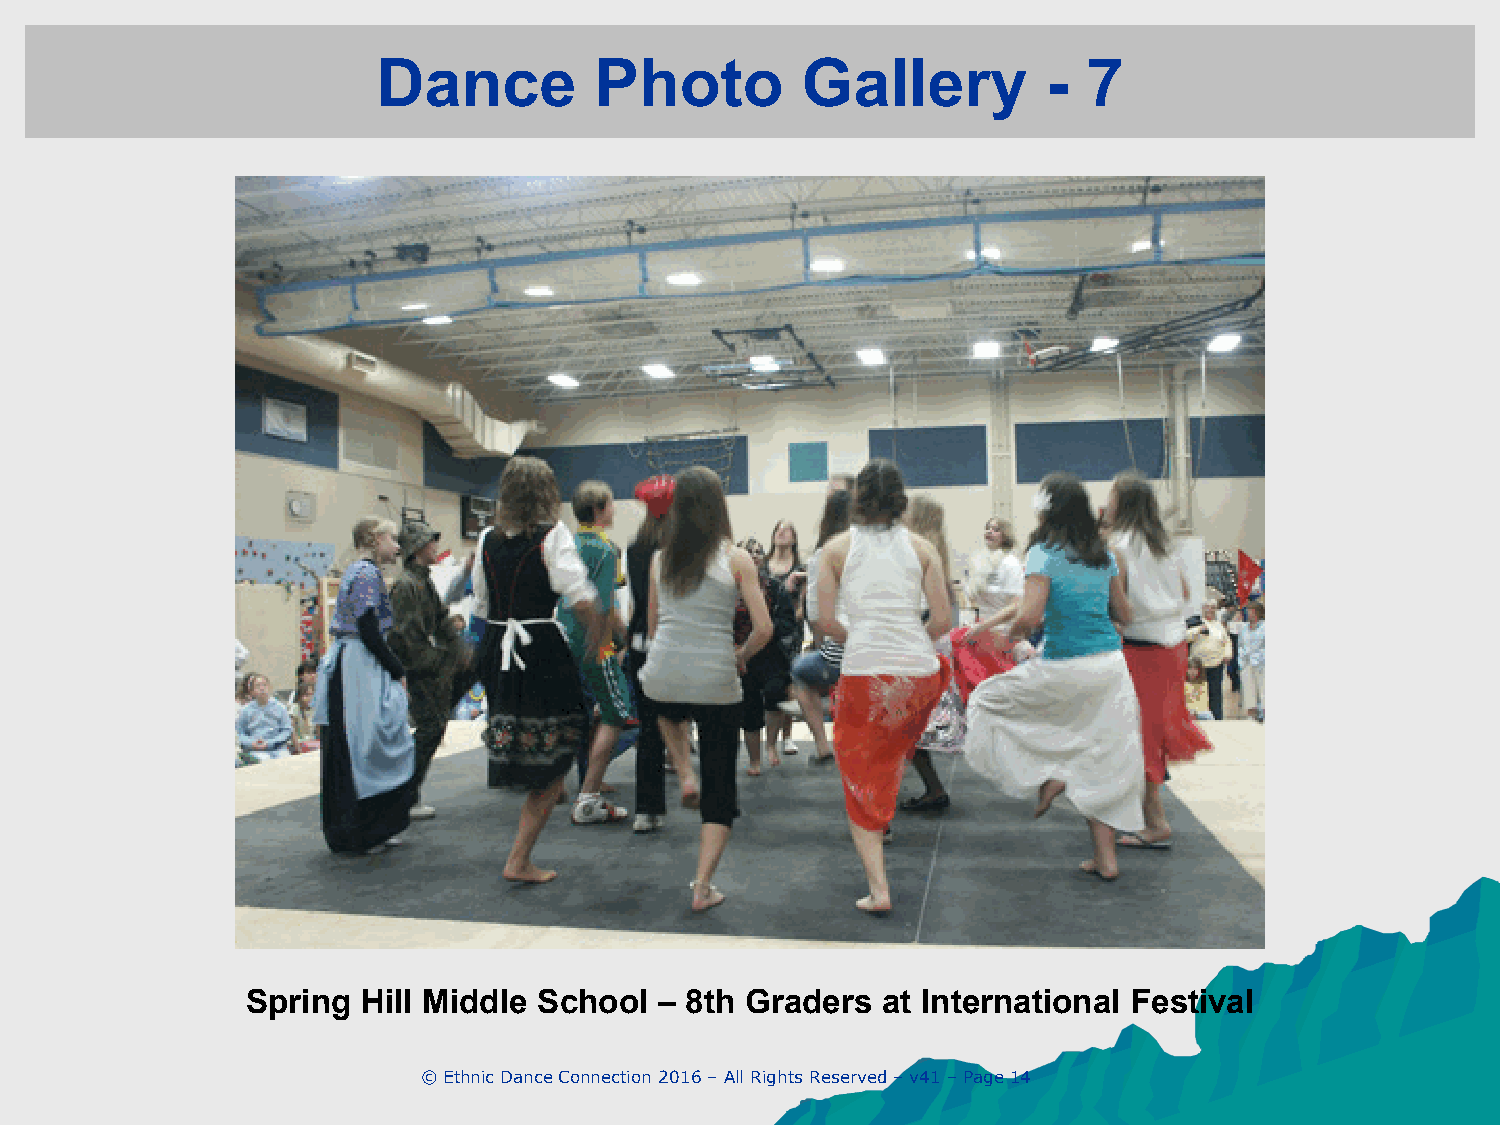
Dance         Photo         Gallery         -  7
 Spring  Hill Middle School  – 8th Graders at International Festival
 © Ethnic Dance Connection 2016 – All Rights Reserved – v41 – Page 14